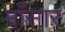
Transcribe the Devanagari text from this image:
माँसार